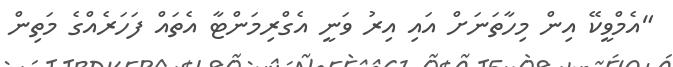
"އެމްވީކޭ އިން މިހާތަނަށް އައި އިރު ވަނީ އެގްރިމަންޓާ އެތައް ފަހަރެއްގެ މަތިން